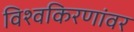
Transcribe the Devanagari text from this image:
विश्वकिरणांवर